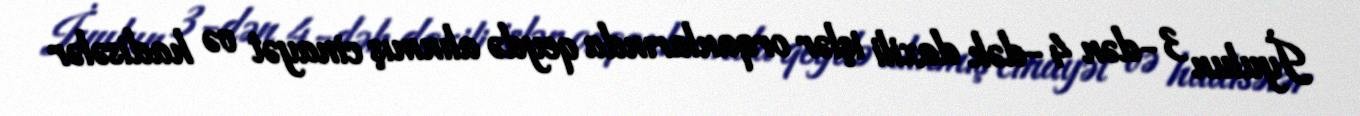
İyulun 3-dən 4-dək daxili işlər orqanlarında qeydə alınmış cinayət və hadisələr